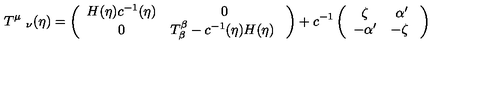
T ^ { \mu } \ _ { \nu } ( \eta ) = \left( \begin{array} { c c } { H ( \eta ) c ^ { - 1 } ( \eta ) } & { 0 } \\ { 0 } & { T _ { \beta } ^ { \beta } - c ^ { - 1 } ( \eta ) H ( \eta ) \ } \\ \end{array} \right) + c ^ { - 1 } \left( \begin{array} { c c } { \zeta } & { \alpha ^ { \prime } } \\ { - \alpha ^ { \prime } } & { - \zeta \ } \\ \end{array} \right)